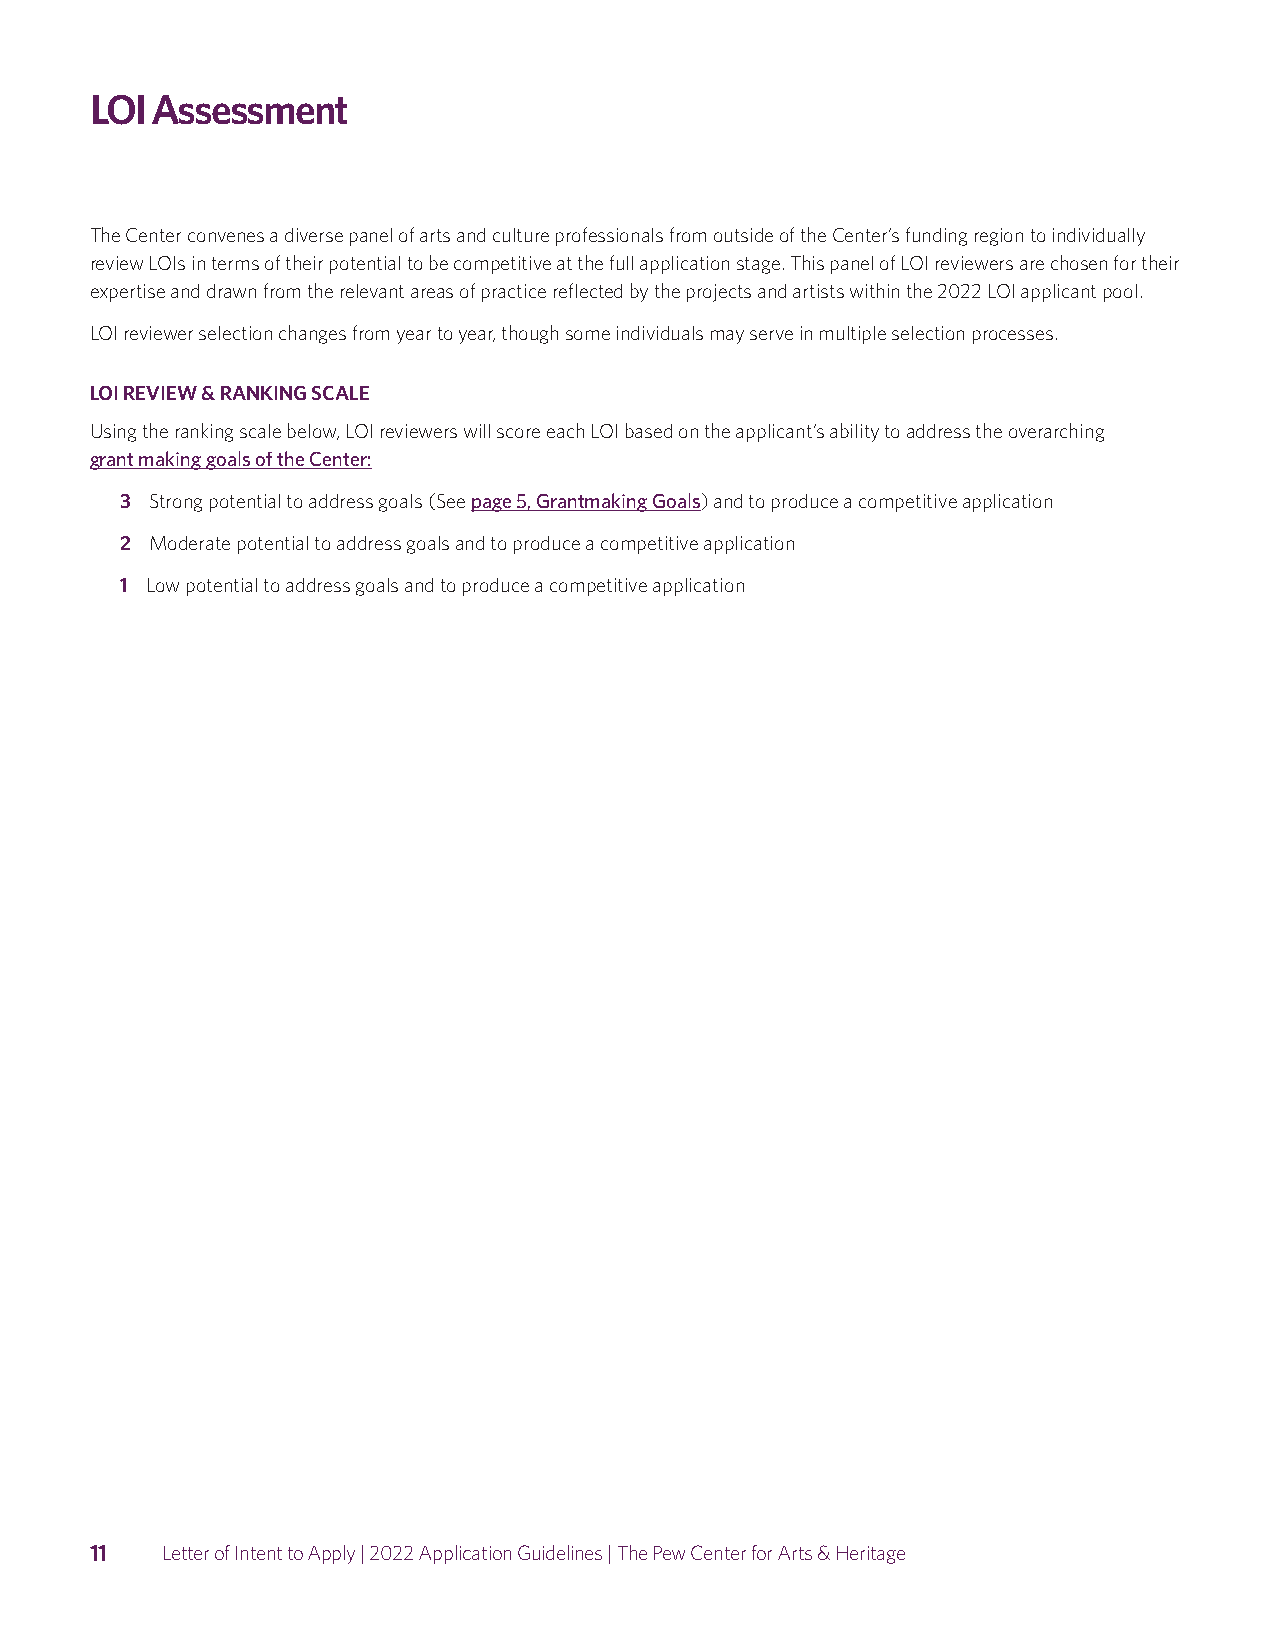
LOI Assessment
 The Center convenes a diverse panel of arts and culture professionals from outside of the Center’s funding region to individually
 review LOIs in terms of their potential to be competitive at the full application stage. This panel of LOI reviewers are chosen for their
 expertise and drawn from the relevant areas of practice reflected by the projects and artists within the 2022 LOI applicant pool.
 LOI reviewer selection changes from year to year, though some individuals may serve in multiple selection processes.
 LOI REVIEW & RANKING SCALE
 Using the ranking scale below, LOI reviewers will score each LOI based on the applicant’s ability to address the overarching
 grant making goals of the Center:
 3 Strong potential to address goals (See page 5, Grantmaking Goals) and to produce a competitive application
 2 Moderate potential to address goals and to produce a competitive application
 1 Low potential to address goals and to produce a competitive application
 11   Letter of Intent to Apply | 2022 Application Guidelines | The Pew Center for Arts & Heritage